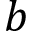
b